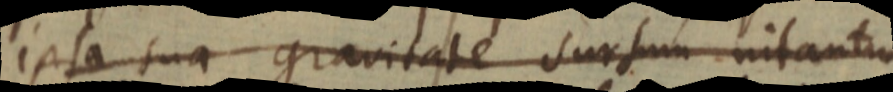
ipsa sua gravitate sursum nitantur